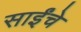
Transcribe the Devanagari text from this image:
साईंचे